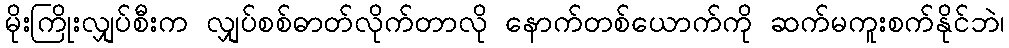
မိုးကြိုးလျှပ်စီးက လျှပ်စစ်ဓာတ်လိုက်တာလို နောက်တစ်ယောက်ကို ဆက်မကူးစက်နိုင်ဘဲ၊